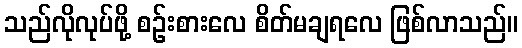
သည်လိုလုပ်ဖို့ စဉ်းစားလေ စိတ်မချရလေ ဖြစ်လာသည်။